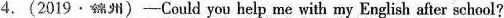
4.（2019 · 锦州）一Could you help me with my English after school?